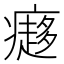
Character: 㿐